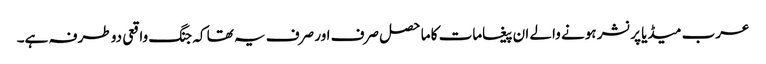
عرب میڈیا پرنشر ہونے والے ان پیغامات کا ماحصل صرف اور صرف یہ تھا کہ جنگ واقعی دو طرفہ ہے۔